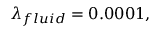
\lambda _ { f l u i d } = 0 . 0 0 0 1 ,